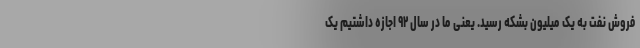
فروش نفت به یک میلیون بشکه رسید. یعنی ما در سال ۹۲ اجازه داشتیم یک